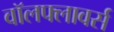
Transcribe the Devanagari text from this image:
वॉलफ्लावर्स